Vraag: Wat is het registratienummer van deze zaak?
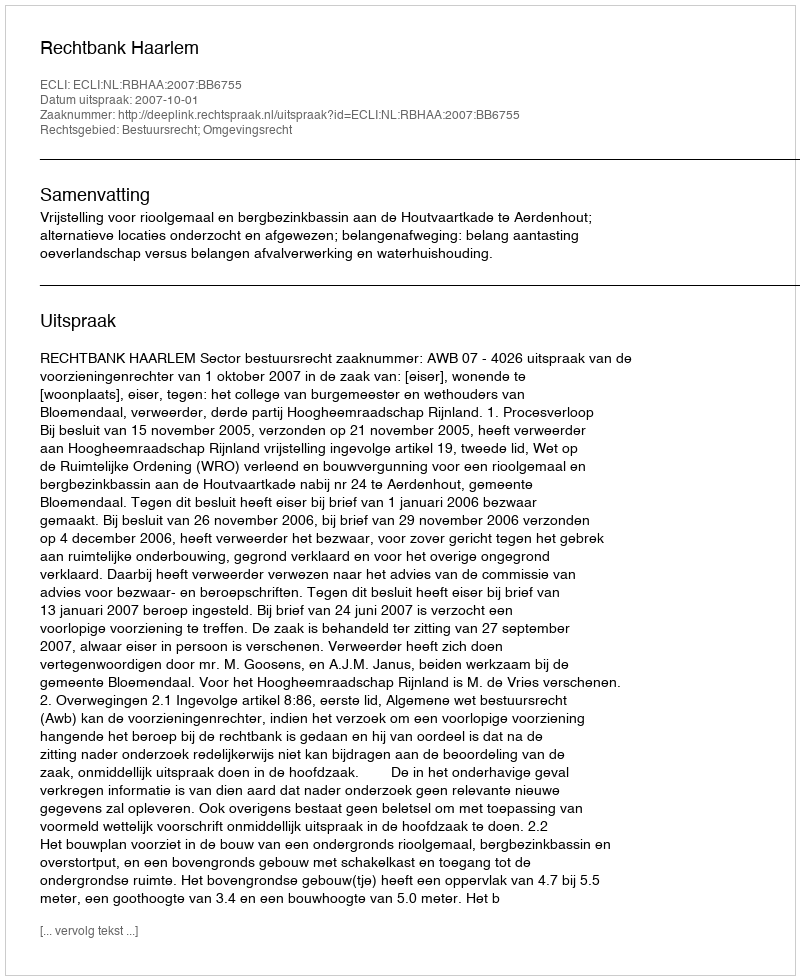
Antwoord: http://deeplink.rechtspraak.nl/uitspraak?id=ECLI:NL:RBHAA:2007:BB6755